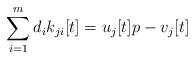
LaTeX: \begin{align*}\sum_{i=1}^{m}d_{i}k_{ji}[t]=u_{j}[t]p-v_{j}[t]\end{align*}